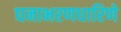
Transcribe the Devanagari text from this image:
घनाभरणधारिणे